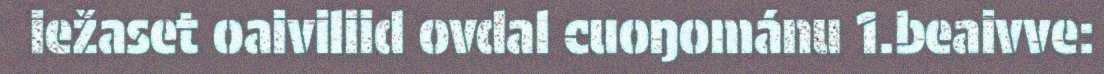
iežaset oaiviliid ovdal cuoŋománu 1.beaivve: